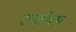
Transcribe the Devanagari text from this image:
रपटीला